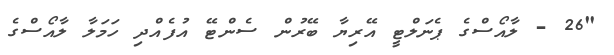
"26 - ލާއޯސްގެ ޕެނަލްޓީ އޭރިޔާ ބޭރުން ސެންޓޭ އުފެއްދި ހަމަލާ ލާއޯސްގެ